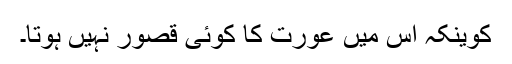
کوینکہ اس میں عورت کا کوئی قصور نہیں ہوتا۔